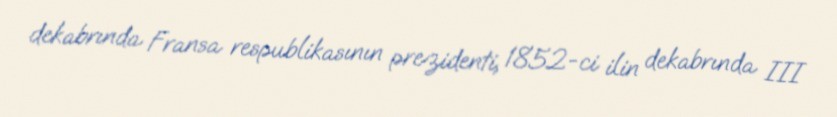
dekabrında Fransa respublikasının prezidenti, 1852-ci ilin dekabrında III